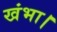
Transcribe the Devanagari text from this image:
खंभा।